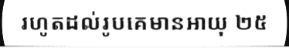
រហូតដល់រូបគេមានអាយុ ២៥